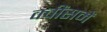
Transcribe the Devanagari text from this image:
क्वींसमें